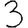
Digit: 3